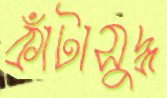
কাঁটাসুদ্ধ